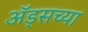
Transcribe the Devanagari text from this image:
अॅड्सच्या